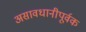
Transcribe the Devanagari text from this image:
असावधानीपूर्वक